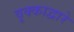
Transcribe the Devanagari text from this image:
वृक्काद्वारे